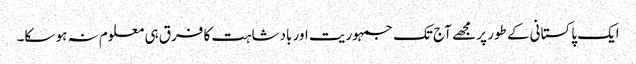
ایک پاکستانی کے طور پر مجھے آج تک جمہوریت اور بادشاہت کا فرق ہی معلوم نہ ہو سکا۔